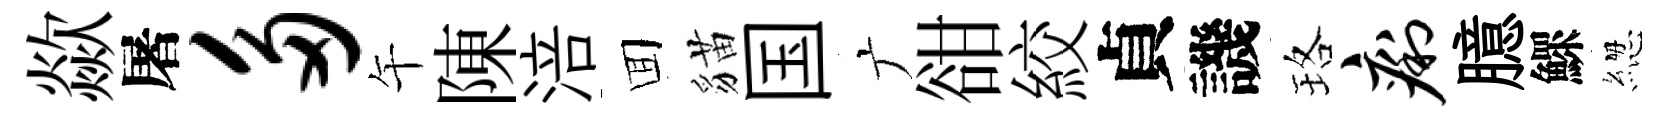
歘屠多午陳涪囬貓国广𧮳絞貞譏珞痢臆鰥緫